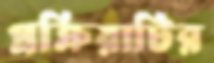
প্রক্রিয়াটির